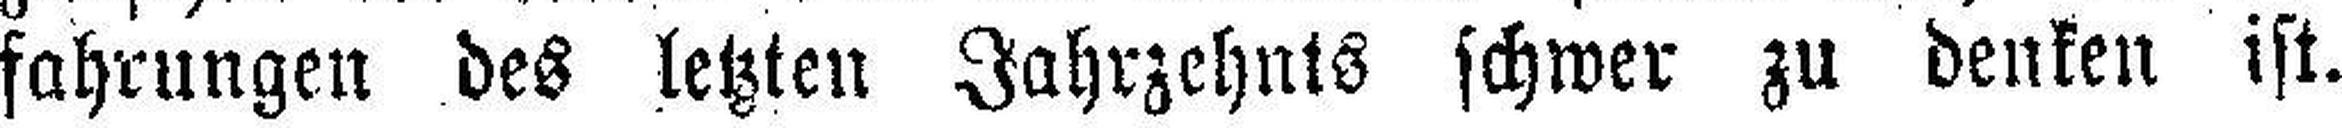
fahrungen des letzten Jahrzehnts schwer zu denken ist.